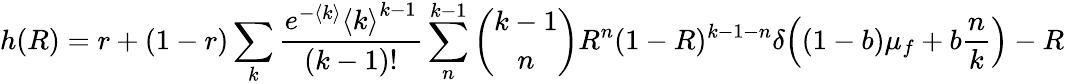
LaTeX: h(R)=r+(1-r)\sum_{k}\frac{e^{-\langle k\rangle}{\langle k\rangle}^{k-1}}{(k-1)!}\sum_{n}^{k-1}\binom{k-1}{n}R^{n}(1-R)^{k-1-n}\delta\Big((1-b)\mu_{f}+b\frac{n}{k}\Big)-R